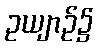
ဥယျာဉ်၌